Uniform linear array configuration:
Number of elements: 32
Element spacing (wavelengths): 0.25
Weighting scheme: hann
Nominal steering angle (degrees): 15
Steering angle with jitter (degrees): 16.01
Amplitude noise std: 0.05
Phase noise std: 0.05

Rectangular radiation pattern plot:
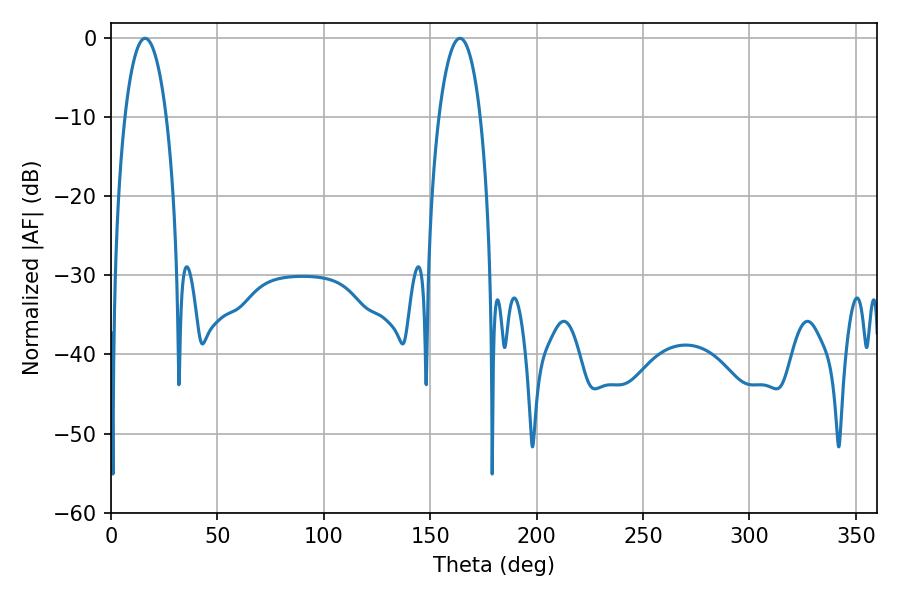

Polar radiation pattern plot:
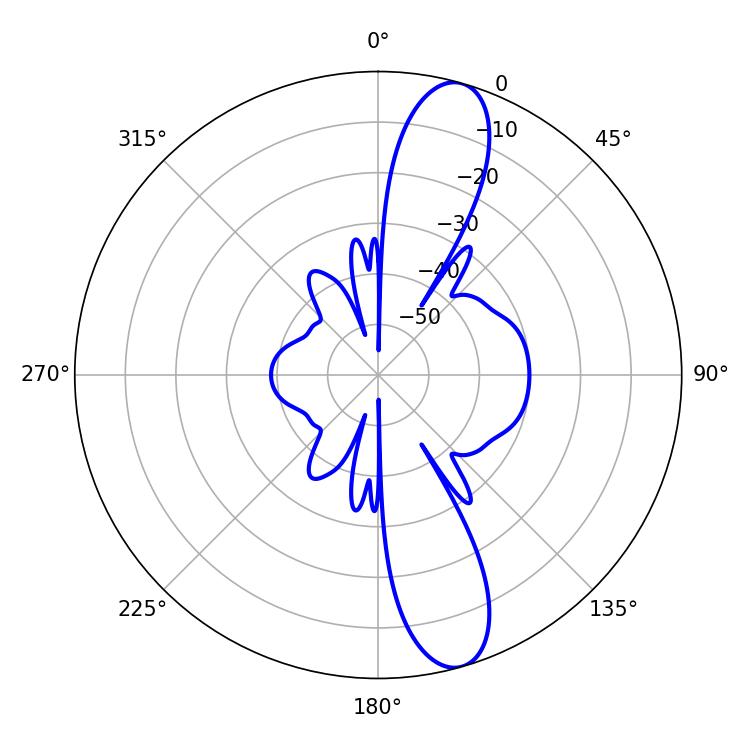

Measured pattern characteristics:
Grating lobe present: FALSE
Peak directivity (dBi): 12.485
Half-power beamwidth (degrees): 10.98
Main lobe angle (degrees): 16.02